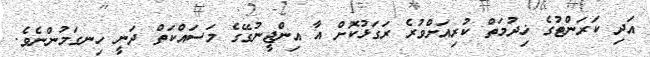
އަދި ކަރަންޓުގެ ޚިދުމަތް ކުރިއަށްވުރެ ރަގަޅުކޮށް އާ އިންޖީނުގޭގެ މަސައްކަތް ދަނީ ހިނގަމުންނެވެ.